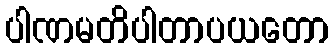
ပါဏမတိပါတာပယတော